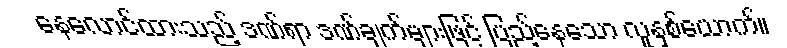
နေလောင်ထားသည့် ဒဏ်ရာ ဒဏ်ချက်များဖြင့် ပြည့်နေသော လူနှစ်ယောက်။